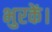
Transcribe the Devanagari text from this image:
भुरकें।